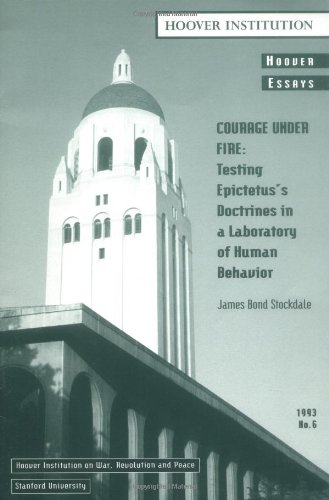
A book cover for Courage Under Fire: Testing Epictetus's Doctrines in a Laboratory of Human Behavior (Hoover Essays); James B. Stockdale; Biographies & Memoirs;